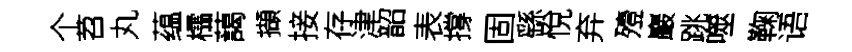
个苕丸蕴櫺藹擷接存津韶表撐固繇悅弃殪巖跳噬鞠语